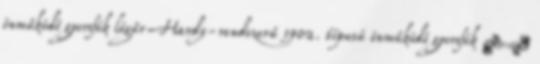
önműködő gyorsfék légűr Hardy-rendszerű 1902. típusú önműködő gyorsfék ↑